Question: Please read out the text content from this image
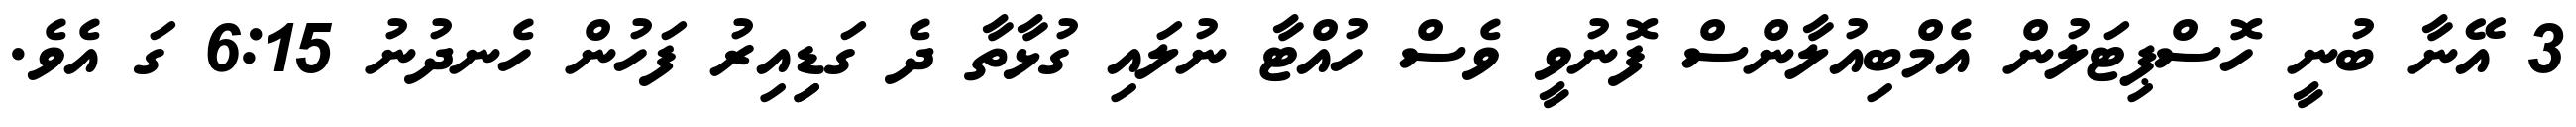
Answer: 3 އޭނާ ބުނީ ހޮސްޕިޓަލުން އެމްބިއުލާންސް ފޮނުވީ ވެސް ހުއްޓާ ނުލައި ގުޅާތާ ދެ ގަޑިިއިރު ފަހުން ހެނދުނު 6:15 ގަ އެވެ.